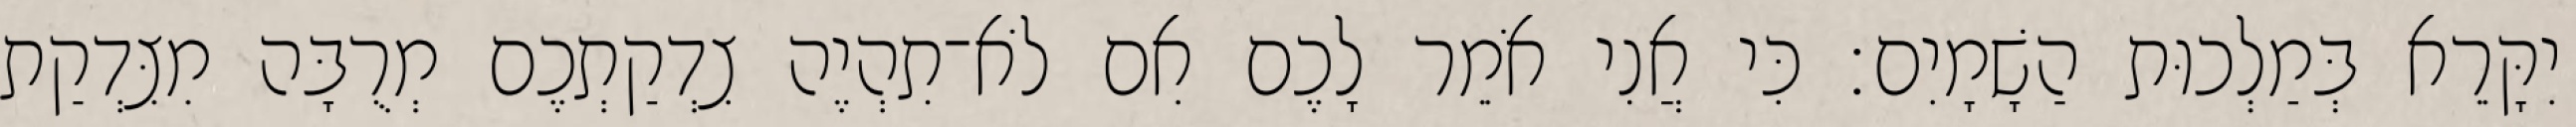
יִקָּרֵא בְּמַלְכוּת הַשָׁמָיִם׃ כִּי אֲנִי אֹמֵר לָכֶם אִם לֹא־תִהְיֶה צִדְקַתְכֶם מְרֻבָּה מִצִּדְקַת